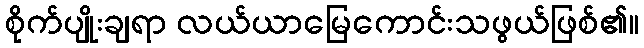
စိုက်ပျိုးချရာ လယ်ယာမြေကောင်းသဖွယ်ဖြစ်၏။